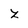
Character: Z